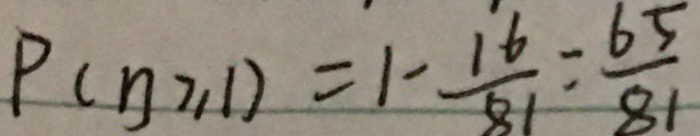
P ( n \geq 1 ) = 1 - \frac { 1 6 } { 8 1 } = \frac { 6 5 } { 8 1 }